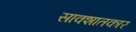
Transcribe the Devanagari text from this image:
साक्शातकार